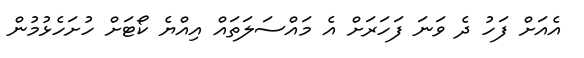
އެއަށް ފަހު ދެ ވަނަ ފަހަރަށް އެ މައްސަލަތައް އިއްޔެ ކޯޓަށް ހުށަހެޅުމުން